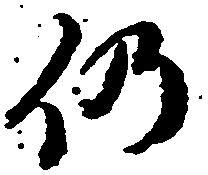
仍